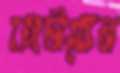
কাটাতেন